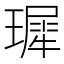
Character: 𪼟